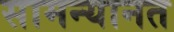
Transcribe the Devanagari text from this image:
सामन्यानत